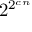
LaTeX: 2 ^ { 2 ^ { c n } }